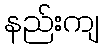
နည်းကျ